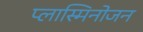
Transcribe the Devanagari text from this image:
प्लास्मिनोजन